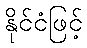
နိုင်ငံဖြင့်